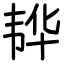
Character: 𮧵